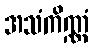
အသံကိဏ္ဏံ